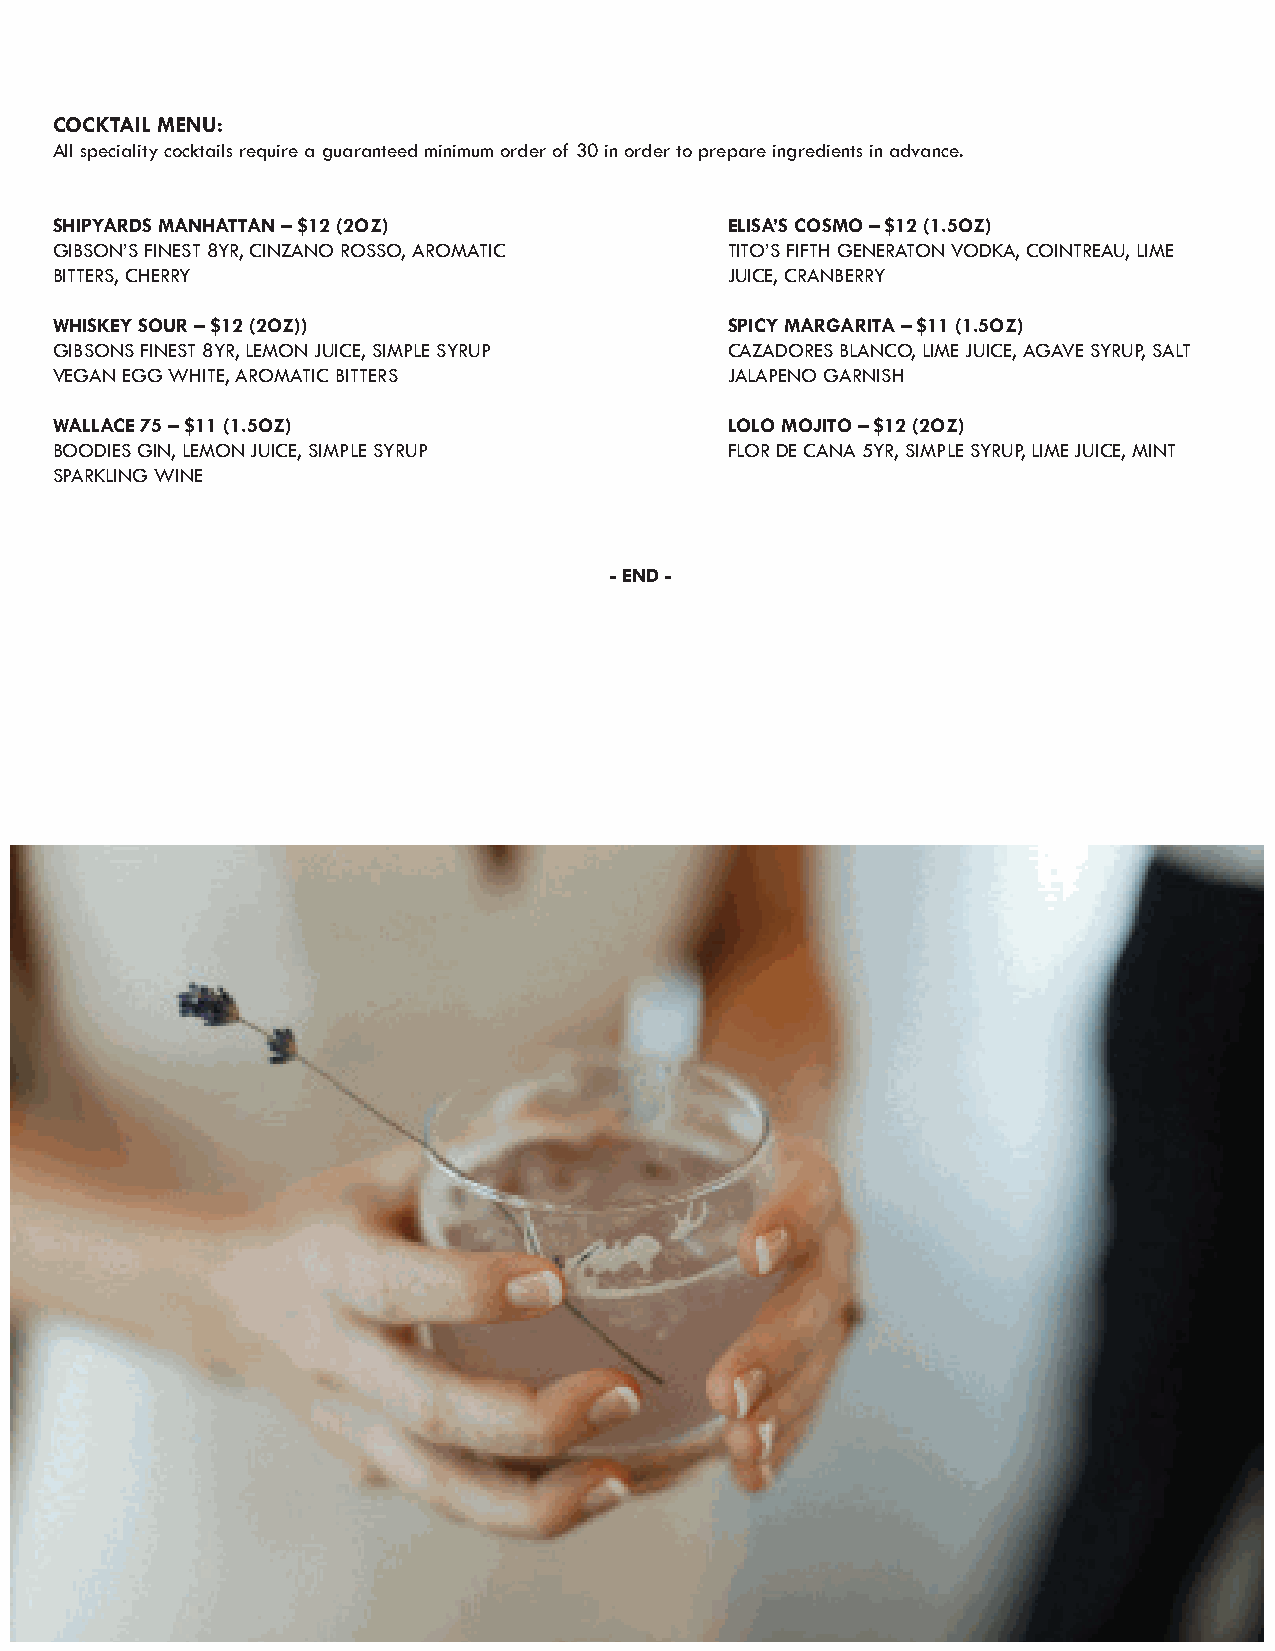
COCKTAIL MENU:
 All speciality cocktails require a guaranteed minimum order of 30 in order to prepare ingredients in advance.
 SHIPYARDS MANHATTAN – $12 (2OZ)              ELISA’S COSMO – $12 (1.5OZ)
 GIBSON’S FINEST 8YR, CINZANO ROSSO, AROMATIC TITO’S FIFTH GENERATON VODKA, COINTREAU, LIME
 BITTERS, CHERRY                              JUICE, CRANBERRY
 WHISKEY SOUR – $12 (2OZ))                    SPICY MARGARITA – $11 (1.5OZ)
 GIBSONS FINEST 8YR, LEMON JUICE, SIMPLE SYRUP CAZADORES BLANCO, LIME JUICE, AGAVE SYRUP, SALT
 VEGAN EGG WHITE, AROMATIC BITTERS            JALAPENO GARNISH
 WALLACE 75 – $11 (1.5OZ)                     LOLO MOJITO – $12 (2OZ)
 BOODIES GIN, LEMON JUICE, SIMPLE SYRUP       FLOR DE CANA 5YR, SIMPLE SYRUP, LIME JUICE, MINT
 SPARKLING WINE
 - END -